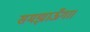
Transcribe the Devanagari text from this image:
समझाऊँगा।